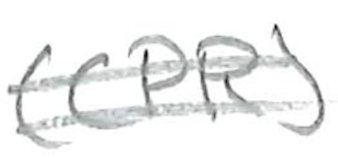
Text: (CPR)
Cross-out: double-line
Writing tool: pencil